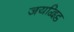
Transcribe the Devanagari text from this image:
जयद्विट्ठ